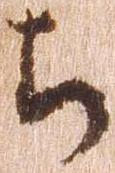
ち